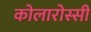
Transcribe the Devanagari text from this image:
कोलारोस्सी